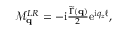
\begin{array} { r } { \mathcal { M } _ { \mathbf { q } } ^ { L R } = - \mathrm { i } \frac { \widetilde \Gamma ( \mathbf { q } ) } { 2 } \mathrm { e } ^ { \mathrm { i } q _ { z } \ell } , } \end{array}